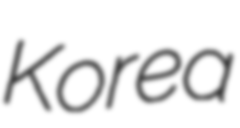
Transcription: Korea